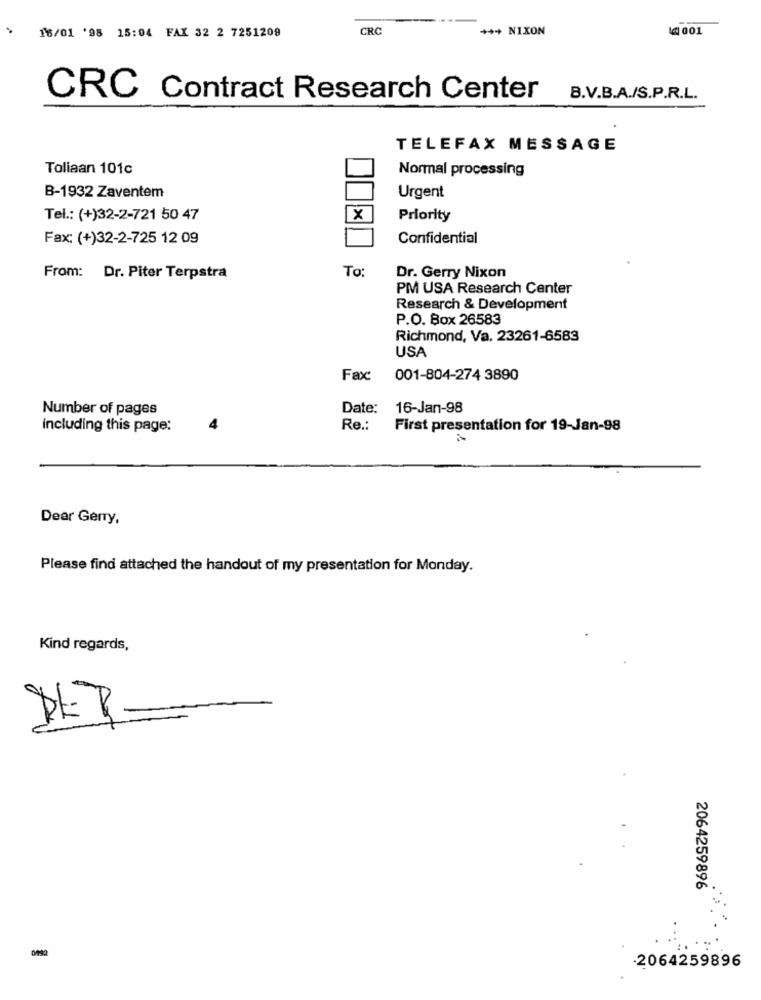
16/01 '98 15:04 FAX 32 2 7251209
CRC
*** NIXON
1 001
CRC Contract Research Center
B.V.B.A./S.P.R.L.
TELEFAX MESSAGE
Toliaan 101c
Normal processing
B-1932 Zaventem
Urgent
Tel .: (+)32-2-721 50 47
X
Priority
Fax: (+)32-2-725 12 09
Confidential
To:
From: Dr. Piter Terpstra
Dr. Gerry Nixon
PM USA Research Center
Research & Development
P.O. Box 26583
Richmond, Va. 23261-6583
USA
Fax:
001-804-274 3890
Number of pages
Date:
16-Jan-98
including this page:
4
Re .:
First presentation for 19-Jan-98
Dear Gerry,
Please find attached the handout of my presentation for Monday.
Kind regards,
2064259896
0092
-2064259896